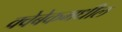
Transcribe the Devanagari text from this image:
क्वेबेकमधील